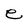
Character: e